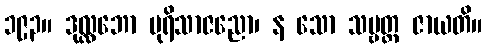
၁၉၃။ ဒုလ္လဘော ပုရိသာဇညော၊ န သော သဗ္ဗတ္ထ ဇာယတိ။